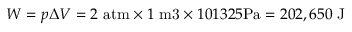
W = { p \Delta V } = 2 ~ { \mathrm { a t m } } \times 1 ~ { \mathrm { m 3 } } \times 1 0 1 3 2 5 { \mathrm { P a } } = 2 0 2 , 6 5 0 { \mathrm { ~ J } }